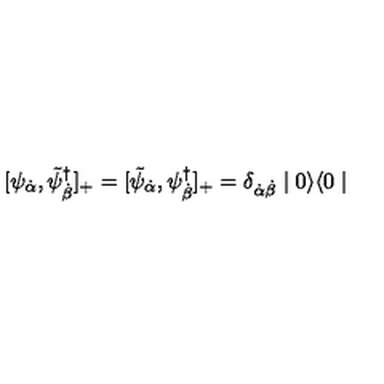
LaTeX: [ \psi _ { { \dot { \alpha } } } , \tilde { \psi } _ { { \dot { \beta } } } ^ { \dagger } ] _ { + } = [ \tilde { \psi } _ { { \dot { \alpha } } } , \psi _ { { \dot { \beta } } } ^ { \dagger } ] _ { + } = \delta _ { \dot { \alpha } \dot { \beta } } \mid 0 \rangle \langle 0 \mid